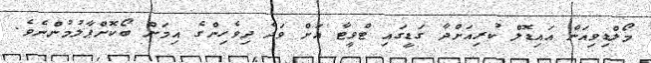
މޯލްޑިވިއަން އައިޑޮލް ކުރިއަށްދާ ގަޑީގައި ޓްވީޓާ އަށް ވަދެ ދިވެހިންގެ އިމަށް ބޯކޮށްޕާލުމުންނެވެ.